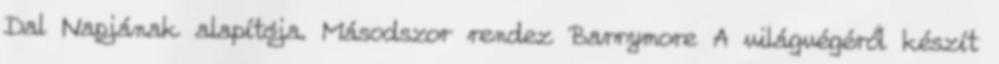
Dal Napjának alapítója. Másodszor rendez Barrymore A világvégéről készít